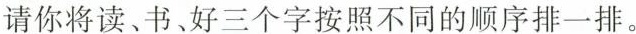
请你将读、书、好三个字按照不同的顺序排一排。